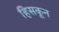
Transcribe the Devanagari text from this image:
हिसकून